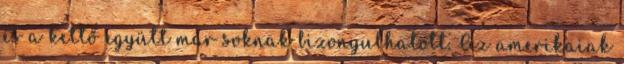
és a kettő együtt már soknak bizonyulhatott. Az amerikaiak